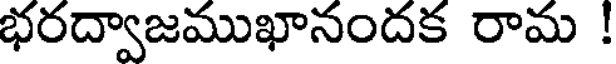
భరద్వాజముఖానందక రామ !